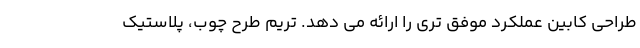
طراحی کابین عملکرد موفق تری را ارائه می دهد. تریم طرح چوب، پلاستیک